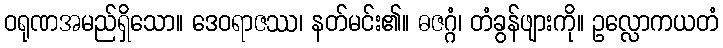
ဝရုဏအမည်ရှိသော။ ဒေဝရာဇဿ၊ နတ်မင်း၏။ ဓဇဂ္ဂံ၊ တံခွန်ဖျားကို။ ဥလ္လောကယတံ